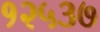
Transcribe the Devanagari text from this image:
१२५३७